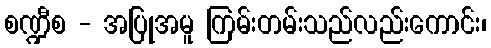
စဏ္ဍီစ - အပြုအမူ ကြမ်းတမ်းသည်လည်းကောင်း၊